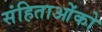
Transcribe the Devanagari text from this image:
संहिताओंको